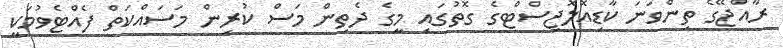
ރާއްޖޭގެ ތިންވަނަ ކާޑިއޮލޮޖިސްޓްގެ ގޮތުގައި މީގެ ދެތިން މަސް ކުރިން މަސައްކަތް ފެއްޓެވުމަކީ